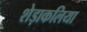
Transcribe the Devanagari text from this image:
शेड़ाकलिया